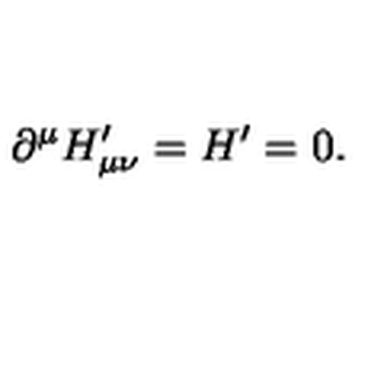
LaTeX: \partial ^ { \mu } H _ { \mu \nu } ^ { \prime } = H ^ { \prime } = 0 .